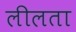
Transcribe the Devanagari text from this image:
लीलता